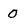
Character: 0